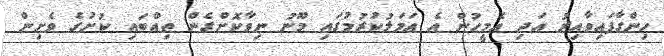
ހިންގާފައިވާއިރު އަދި އެމީހުން އެ ޢަމަލުކުރުމުގައި މޫނު ނިވާކޮށްގެން ތިއްބައި ކުށުގެ ވެށިން